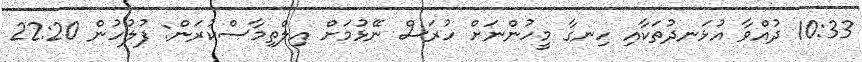
10:33 ދުއްވާ އުޅަނދުތަކާއި ހިނގާ މީހުންނަށް ހުރަސް ނޭޅުމަށް އިލްތިމާސްކުރަން: ފުލުހުން 22:20